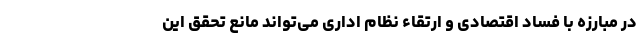
در مبارزه با فساد اقتصادی و ارتقاء نظام اداری می‌تواند مانع تحقق این